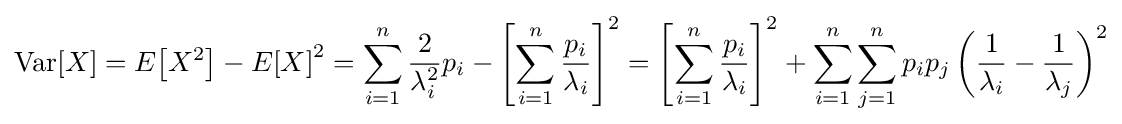
\operatorname {Var} [X]=E\!\left[X^{2}\right]-E\!\left[X\right]^{2}=\sum _{i=1}^{n}{\frac {2}{\lambda _{i}^{2}}}p_{i}-\left[\sum _{i=1}^{n}{\frac {p_{i}}{\lambda _{i}}}\right]^{2}=\left[\sum _{i=1}^{n}{\frac {p_{i}}{\lambda _{i}}}\right]^{2}+\sum _{i=1}^{n}\sum _{j=1}^{n}p_{i}p_{j}\left({\frac {1}{\lambda _{i}}}-{\frac {1}{\lambda _{j}}}\right)^{2}